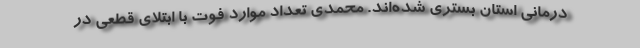
درمانی استان بستری شده‌اند. محمدی تعداد موارد فوت با ابتلای قطعی در